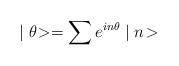
\begin{align*}\mid \theta \! >= \sum e^{i n \theta} \mid n \!>\end{align*}